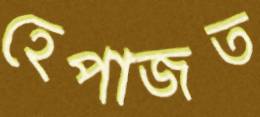
হেপাজত